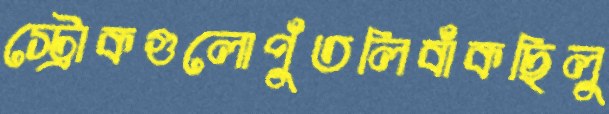
স্ট্রোকগুলোপুঁতলিবাঁকছিলু